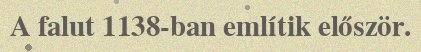
A falut 1138-ban említik először.